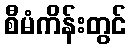
စီမံကိန်းတွင်